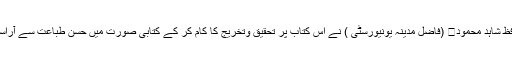
پہلی بار حافظ شاہد محمود﷾ (فاضل مدینہ یونیورسٹی ) نے اس کتاب پر تحقیق وتخریج کا کام کر کے کتابی صورت میں حسن طباعت سے آراستہ کیا ہے ۔